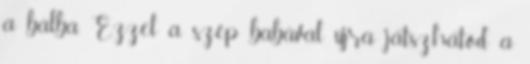
a bálba. Ezzel a szép babával újra játszhatod a